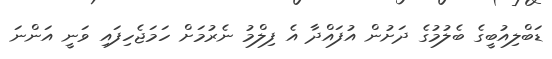
ޑަބްލިއުބީގެ ބެލުމުގެ ދަށުން އުފައްދާ އެ ފިލްމު ނެރުމަށް ހަމަޖެހިފައި ވަނީ އަންނަ